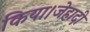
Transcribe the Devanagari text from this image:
किया।जेहादी